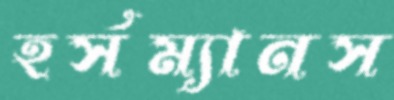
হর্সম্যানস